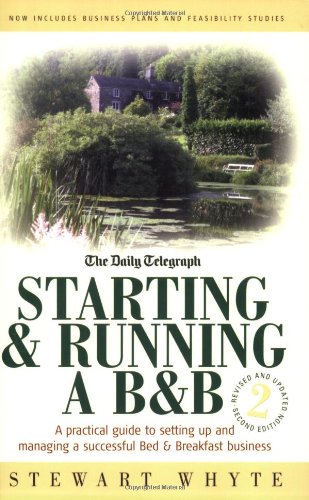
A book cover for Starting & Running a B&b: A Practical Guide to Setting Up and Managing a Successful Bed & Breakfast Business; Stewart Whyte; Travel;